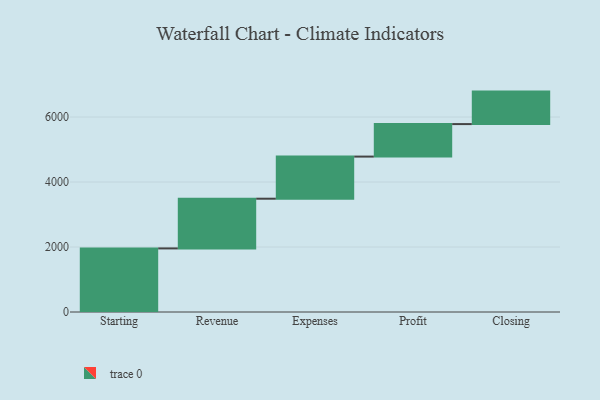
{"axis": {"x": "Step", "y": "Value"}, "legend": [""], "data": [{"x": "Starting", "y": 1957.0, "type": ""}, {"x": "Revenue", "y": 1530.0, "type": ""}, {"x": "Expenses", "y": 1296.0, "type": ""}, {"x": "Profit", "y": 1000, "type": ""}, {"x": "Closing", "y": 1000, "type": ""}]}